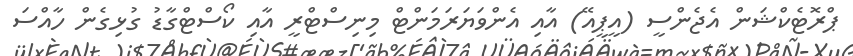
ޕްރޮޓެކްޝަން އެޖެންސީ (އީޕީއޭ) އާއި އެންވަޔަރަމަންޓް މިނިސްޓްރީ އާއި ކޯސްޓްގާޑު ގުޅިގެން ހާއްސަ